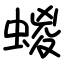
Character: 蝬